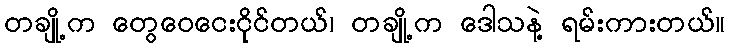
တချို့က တွေဝေငေးငိုင်တယ်၊ တချို့က ဒေါသနဲ့ ရမ်းကားတယ်။